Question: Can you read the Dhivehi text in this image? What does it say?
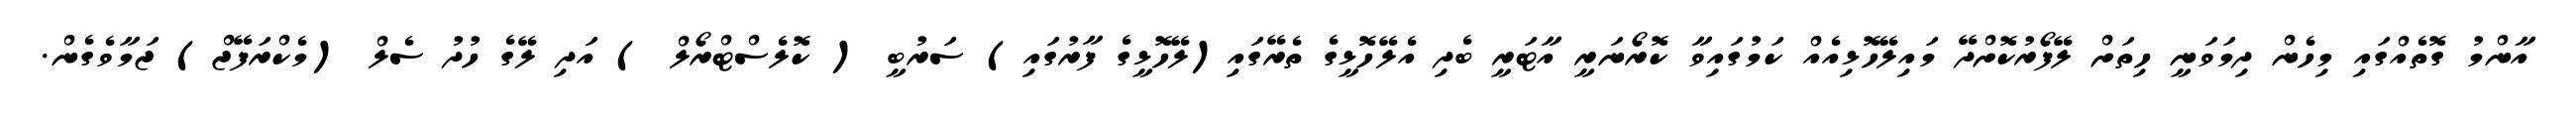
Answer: އާންމު ގޮތެއްގައި މިހެން ދިމަވަނީ ހިތަށް ލޭފޯރުކޮށްދޭ މައިލޭހޮޅިއެއް ކަމުގައިވާ ކޮރޯނަރީ އާޓަރީ ބެދި އެލޭހޮޅީގެ ތެރޭގައި(ލޭހޮޅީގެ ފާރުގައި) ސަރުބީ ( ކޮލެސްޓްރޯލް ) އަދި ލޭގެ ހުދު ސެލް (މެކްރަފޭޖް) ޖަމާވެގެން.